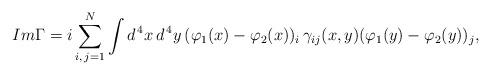
LaTeX: \begin{align*}Im \Gamma = i \sum_{i, \, j = 1}^N \int d^{\, 4} x \, d^{\, 4} y \, (\varphi_1 (x) - \varphi_2 (x))_i \, \gamma_{i j} (x, y) (\varphi_1 (y) - \varphi_2 (y))_j , \end{align*}